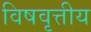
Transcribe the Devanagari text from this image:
विषवृत्तीय